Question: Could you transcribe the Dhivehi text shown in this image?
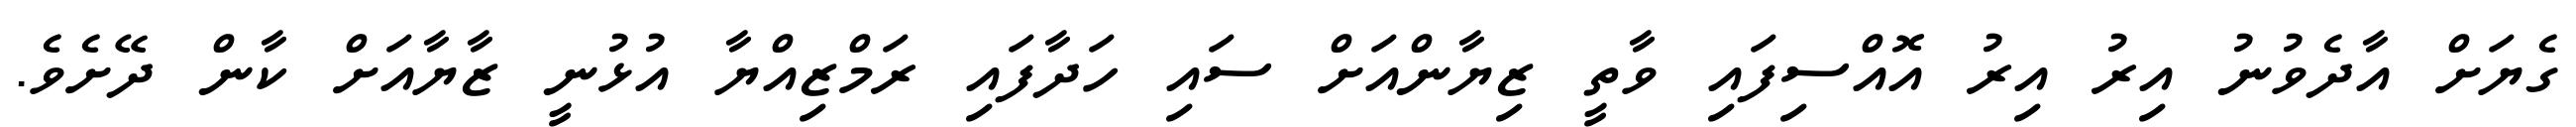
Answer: ގެޔަށް އާދެވުނު އިރު އިރު އޮއްސިފައި ވާތީ ޒިޔާންއަށް ސައި ހަދާފައި ރަމްޒިއްޔާ އުޅުނީ ޒާޔާއަށް ކާން ދޭށެވެ.